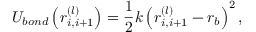
{ { \cal U } _ { b o n d } \left( r _ { i , i + 1 } ^ { ( l ) } \right) = \frac { 1 } { 2 } k \left( r _ { i , i + 1 } ^ { ( l ) } - r _ { b } \right) ^ { 2 } , }